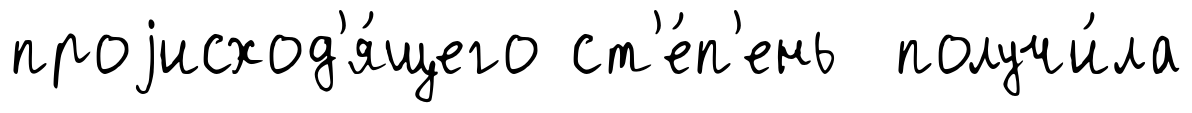
проjисход'я́щего ст'е́п'ень получи́ла